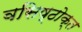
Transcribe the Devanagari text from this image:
वसिष्ठोक्त